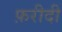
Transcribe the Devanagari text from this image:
फ़रीदी